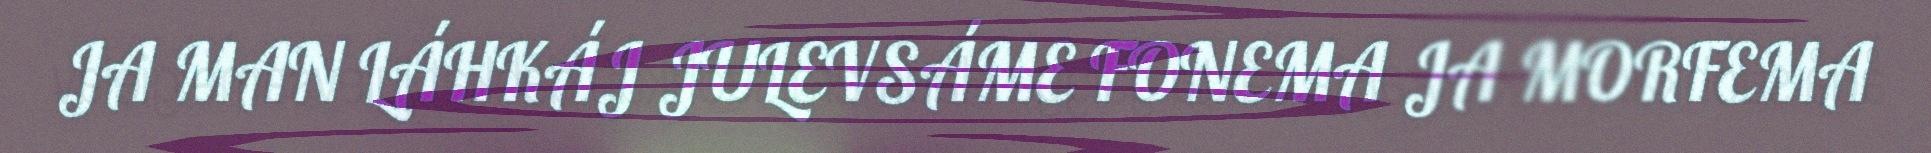
JA MAN LÁHKÁJ JULEVSÁME FONEMA JA MORFEMA